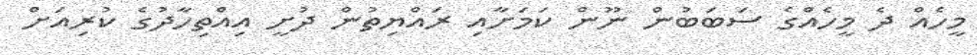
މީހެއް ދެ މީހެއްގެ ސަބަބުން ނޫން ކަމަށާއި ރައްޔިތުން ދުށީ އިއްތިހާދުގެ ކުރިއަށް